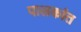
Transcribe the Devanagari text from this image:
पालकांत